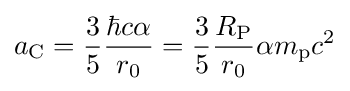
a_{\text{C}}={\frac {3}{5}}{\frac {\hbar c\alpha }{r_{0}}}={\frac {3}{5}}{\frac {R_{\text{P}}}{r_{0}}}\alpha m_{\text{p}}c^{2}